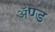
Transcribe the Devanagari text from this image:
ॲण्‍ड